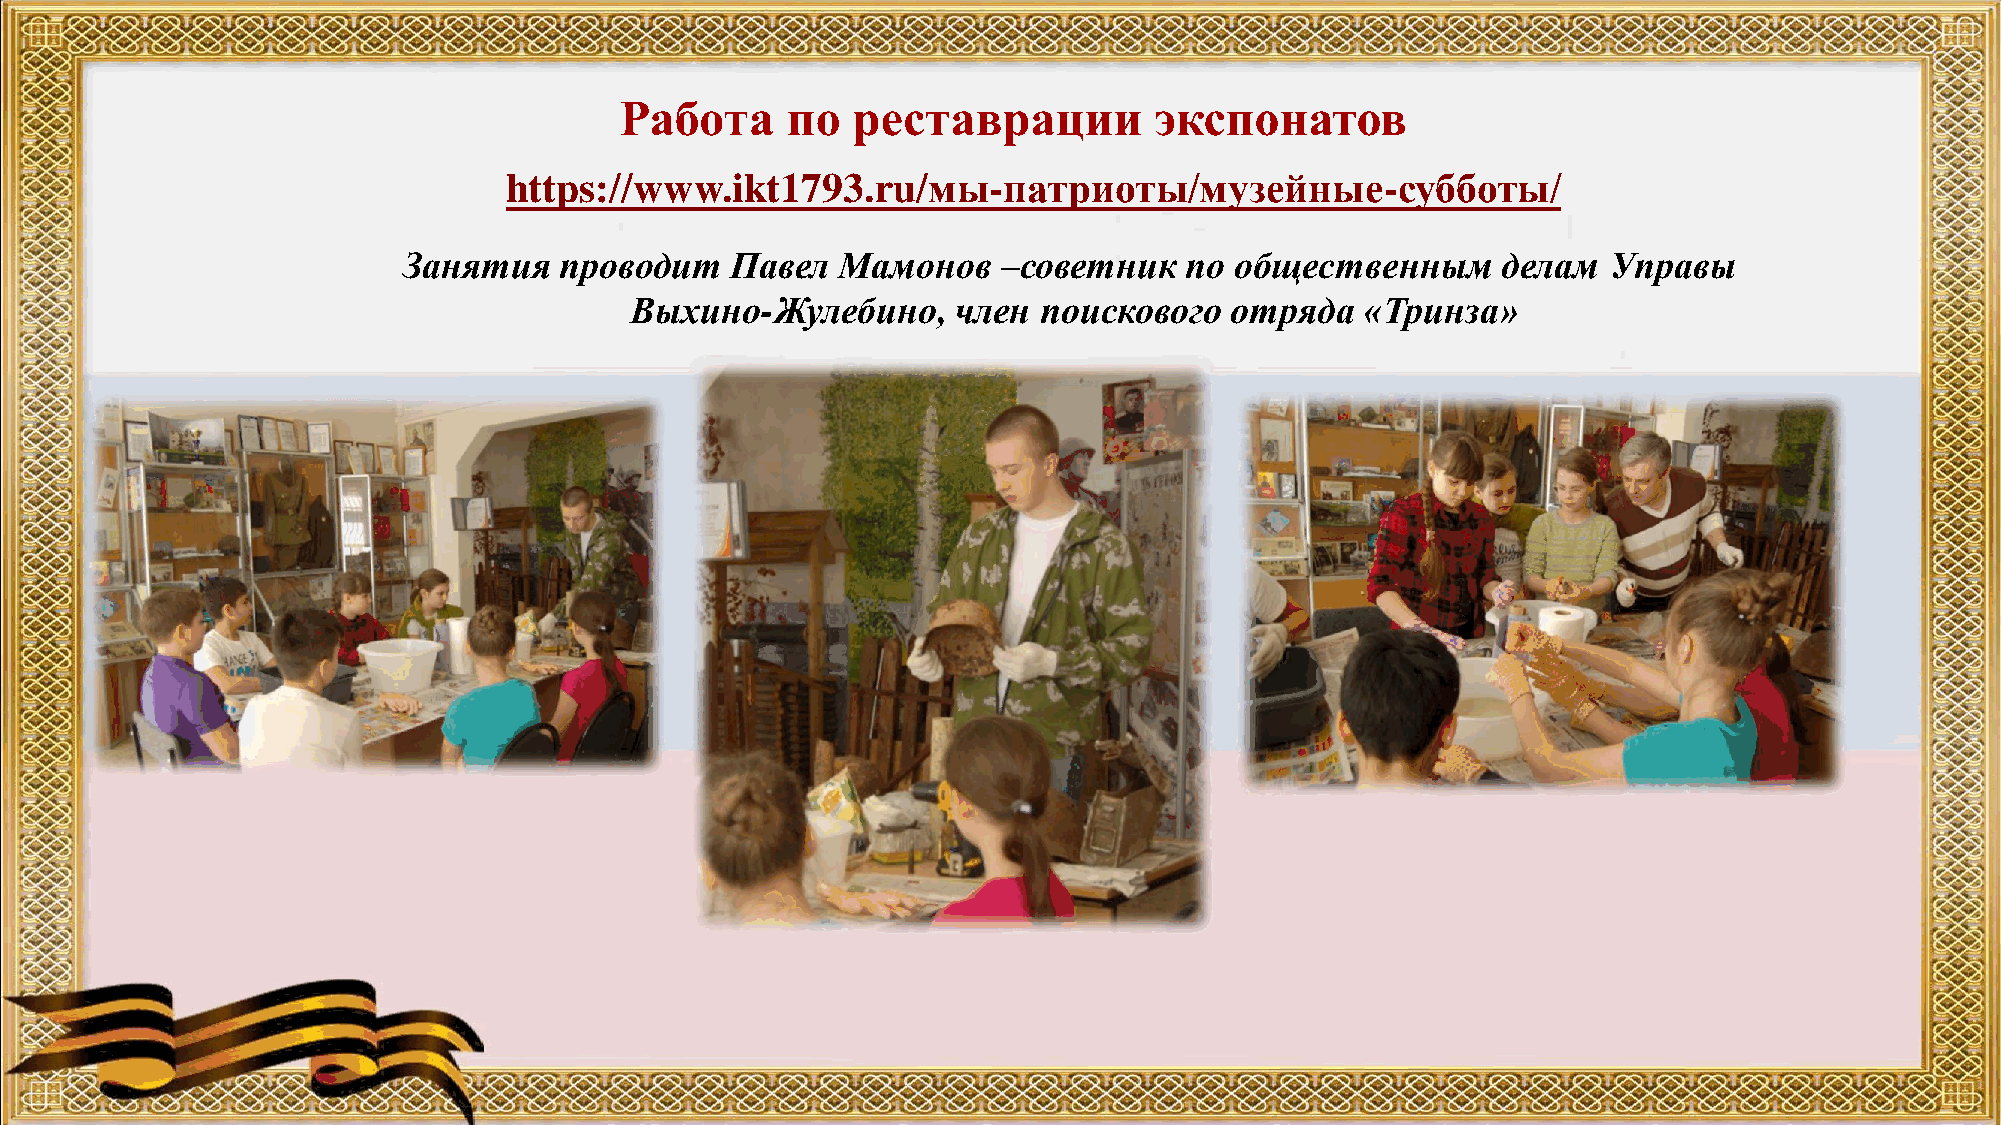
Работа     по  реставрации         экспонатов
 https://www.ikt1793.ru/мы-патриоты/музейные-субботы/
 Занятия   проводит   Павел  Мамонов    –советник   по  общественным     делам  Управы
 Выхино-Жулебино,     член  поискового  отряда   «Тринза»